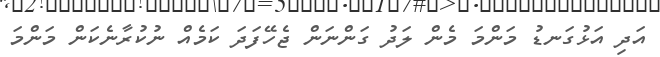
އަދި އަޅުގަނޑު މަންމަ މެން ލަދު ގަންނަން ޖެހޭފަދަ ކަމެއް ނުކުރާނެކަން މަންމަ